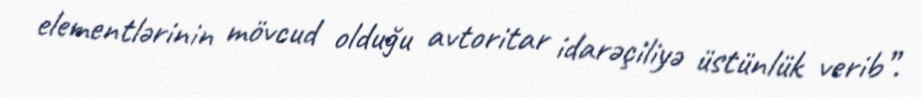
elementlərinin mövcud olduğu avtoritar idarəçiliyə üstünlük verib”.